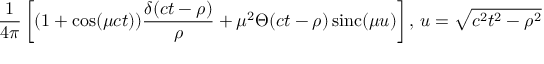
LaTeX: { \frac { 1 } { 4 \pi } } \left[ ( 1 + \cos ( \mu c t ) ) { \frac { \delta ( c t - \rho ) } { \rho } } + \mu ^ { 2 } \Theta ( c t - \rho ) \operatorname { s i n c } ( \mu u ) \right] , \, u = { \sqrt { c ^ { 2 } t ^ { 2 } - \rho ^ { 2 } } }